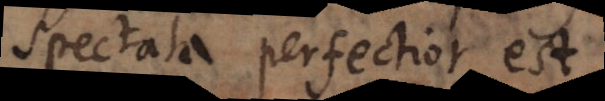
spectata perfectior est